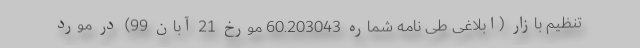
تنظیم بازار (ابلاغی طی نامه شماره 60.203043 مورخ 21 آبان 99) در مورد